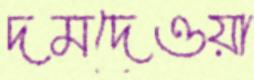
দমদেওয়া